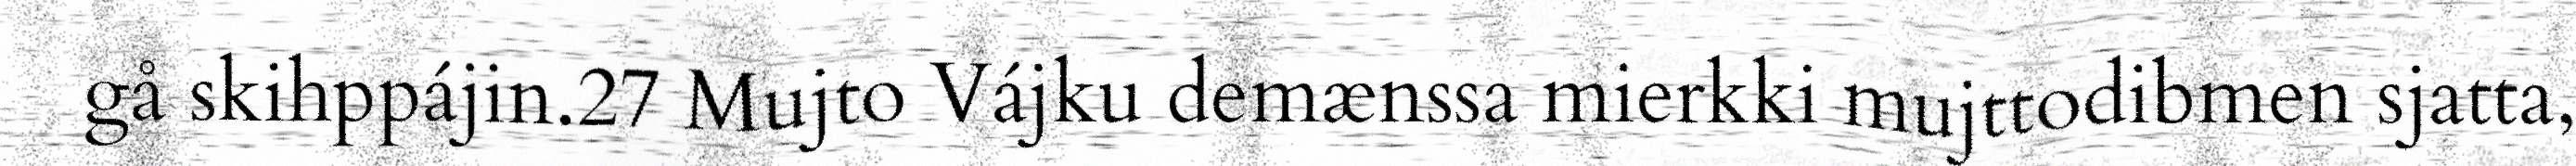
gå skihppájin.27 Mujto Vájku demænssa mierkki mujttodibmen sjatta,